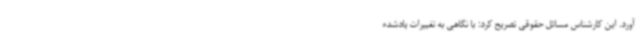
آورد. این کارشناس مسائل حقوقی تصریح کرد: با نگاهی به تغییرات یادشده